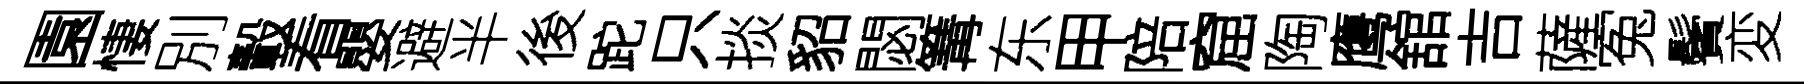
園悽別轂看嬰避半後跎只掞貂閟篝东甲陪窟陶鹰舘吉薩寃鬢変